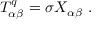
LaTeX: T _ { \alpha \beta } ^ { q } = \sigma X _ { \alpha \beta } \ .